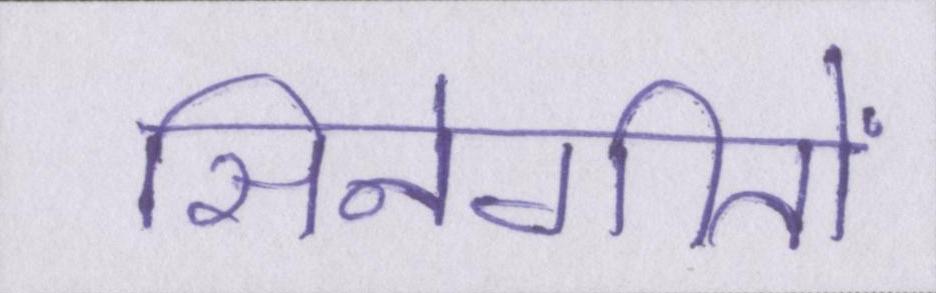
सिनेगीतों